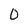
Character: 0